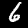
Label: 6